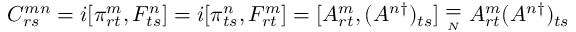
C _ { r s } ^ { m n } = i [ \pi _ { r t } ^ { m } , F _ { t s } ^ { n } ] = i [ \pi _ { t s } ^ { n } , F _ { r t } ^ { m } ] = [ A _ { r t } ^ { m } , ( A ^ { n \dagger } ) _ { t s } ] \stackrel { _ { \textstyle = } } { _ { _ { N } } } A _ { r t } ^ { m } ( A ^ { n \dagger } ) _ { t s }